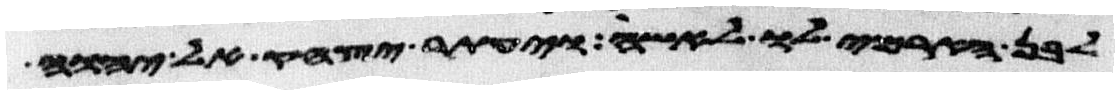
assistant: לבן הארמי לו לאשה ויעתר יצחק אל יהוה